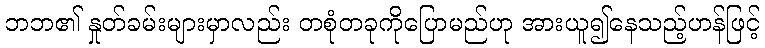
ဘဘ၏ နှုတ်ခမ်းများမှာလည်း တစုံတခုကိုပြောမည်ဟု အားယူ၍နေသည့်ဟန်ဖြင့်